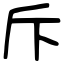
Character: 斥